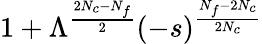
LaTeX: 1+\Lambda^{\frac{2N_{c}-N_{f}}{2}}(-s)^{\frac{N_{f}-2N_{c}}{2N_{c}}}